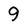
Character: 9